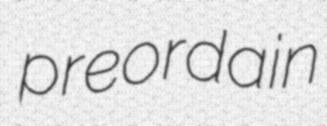
preordain